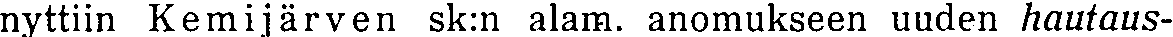
nyttiin Kemijärven sk:n alam. anomukseen uuden hautaus-